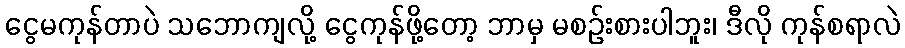
ငွေမကုန်တာပဲ သဘောကျလို့ ငွေကုန်ဖို့တော့ ဘာမှ မစဉ်းစားပါဘူး၊ ဒီလို ကုန်စရာလဲ